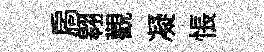
扄翱觀凝悵